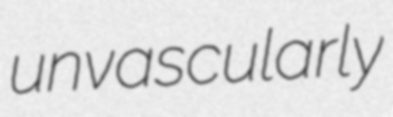
unvascularly